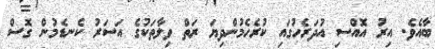
ބާއެވެ. އިރު އޮއްސި އުދަރެހުގައި ކުރެހެމުންދިޔަ ރަތް ވިލާތަކުގެ އަސަރު ކެނޑެމުން ގޮސް